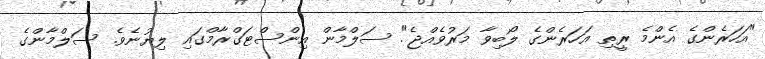
"އަހަރެންގެ އެންމެ ރީތި އަހަރެންގެ ލޯބިވާ މަރުވެއްޖެ". ސަލްމާން އިންސްޓަގްރާމްގައި ލިޔުނެވެ. ސަލްމާންގެ